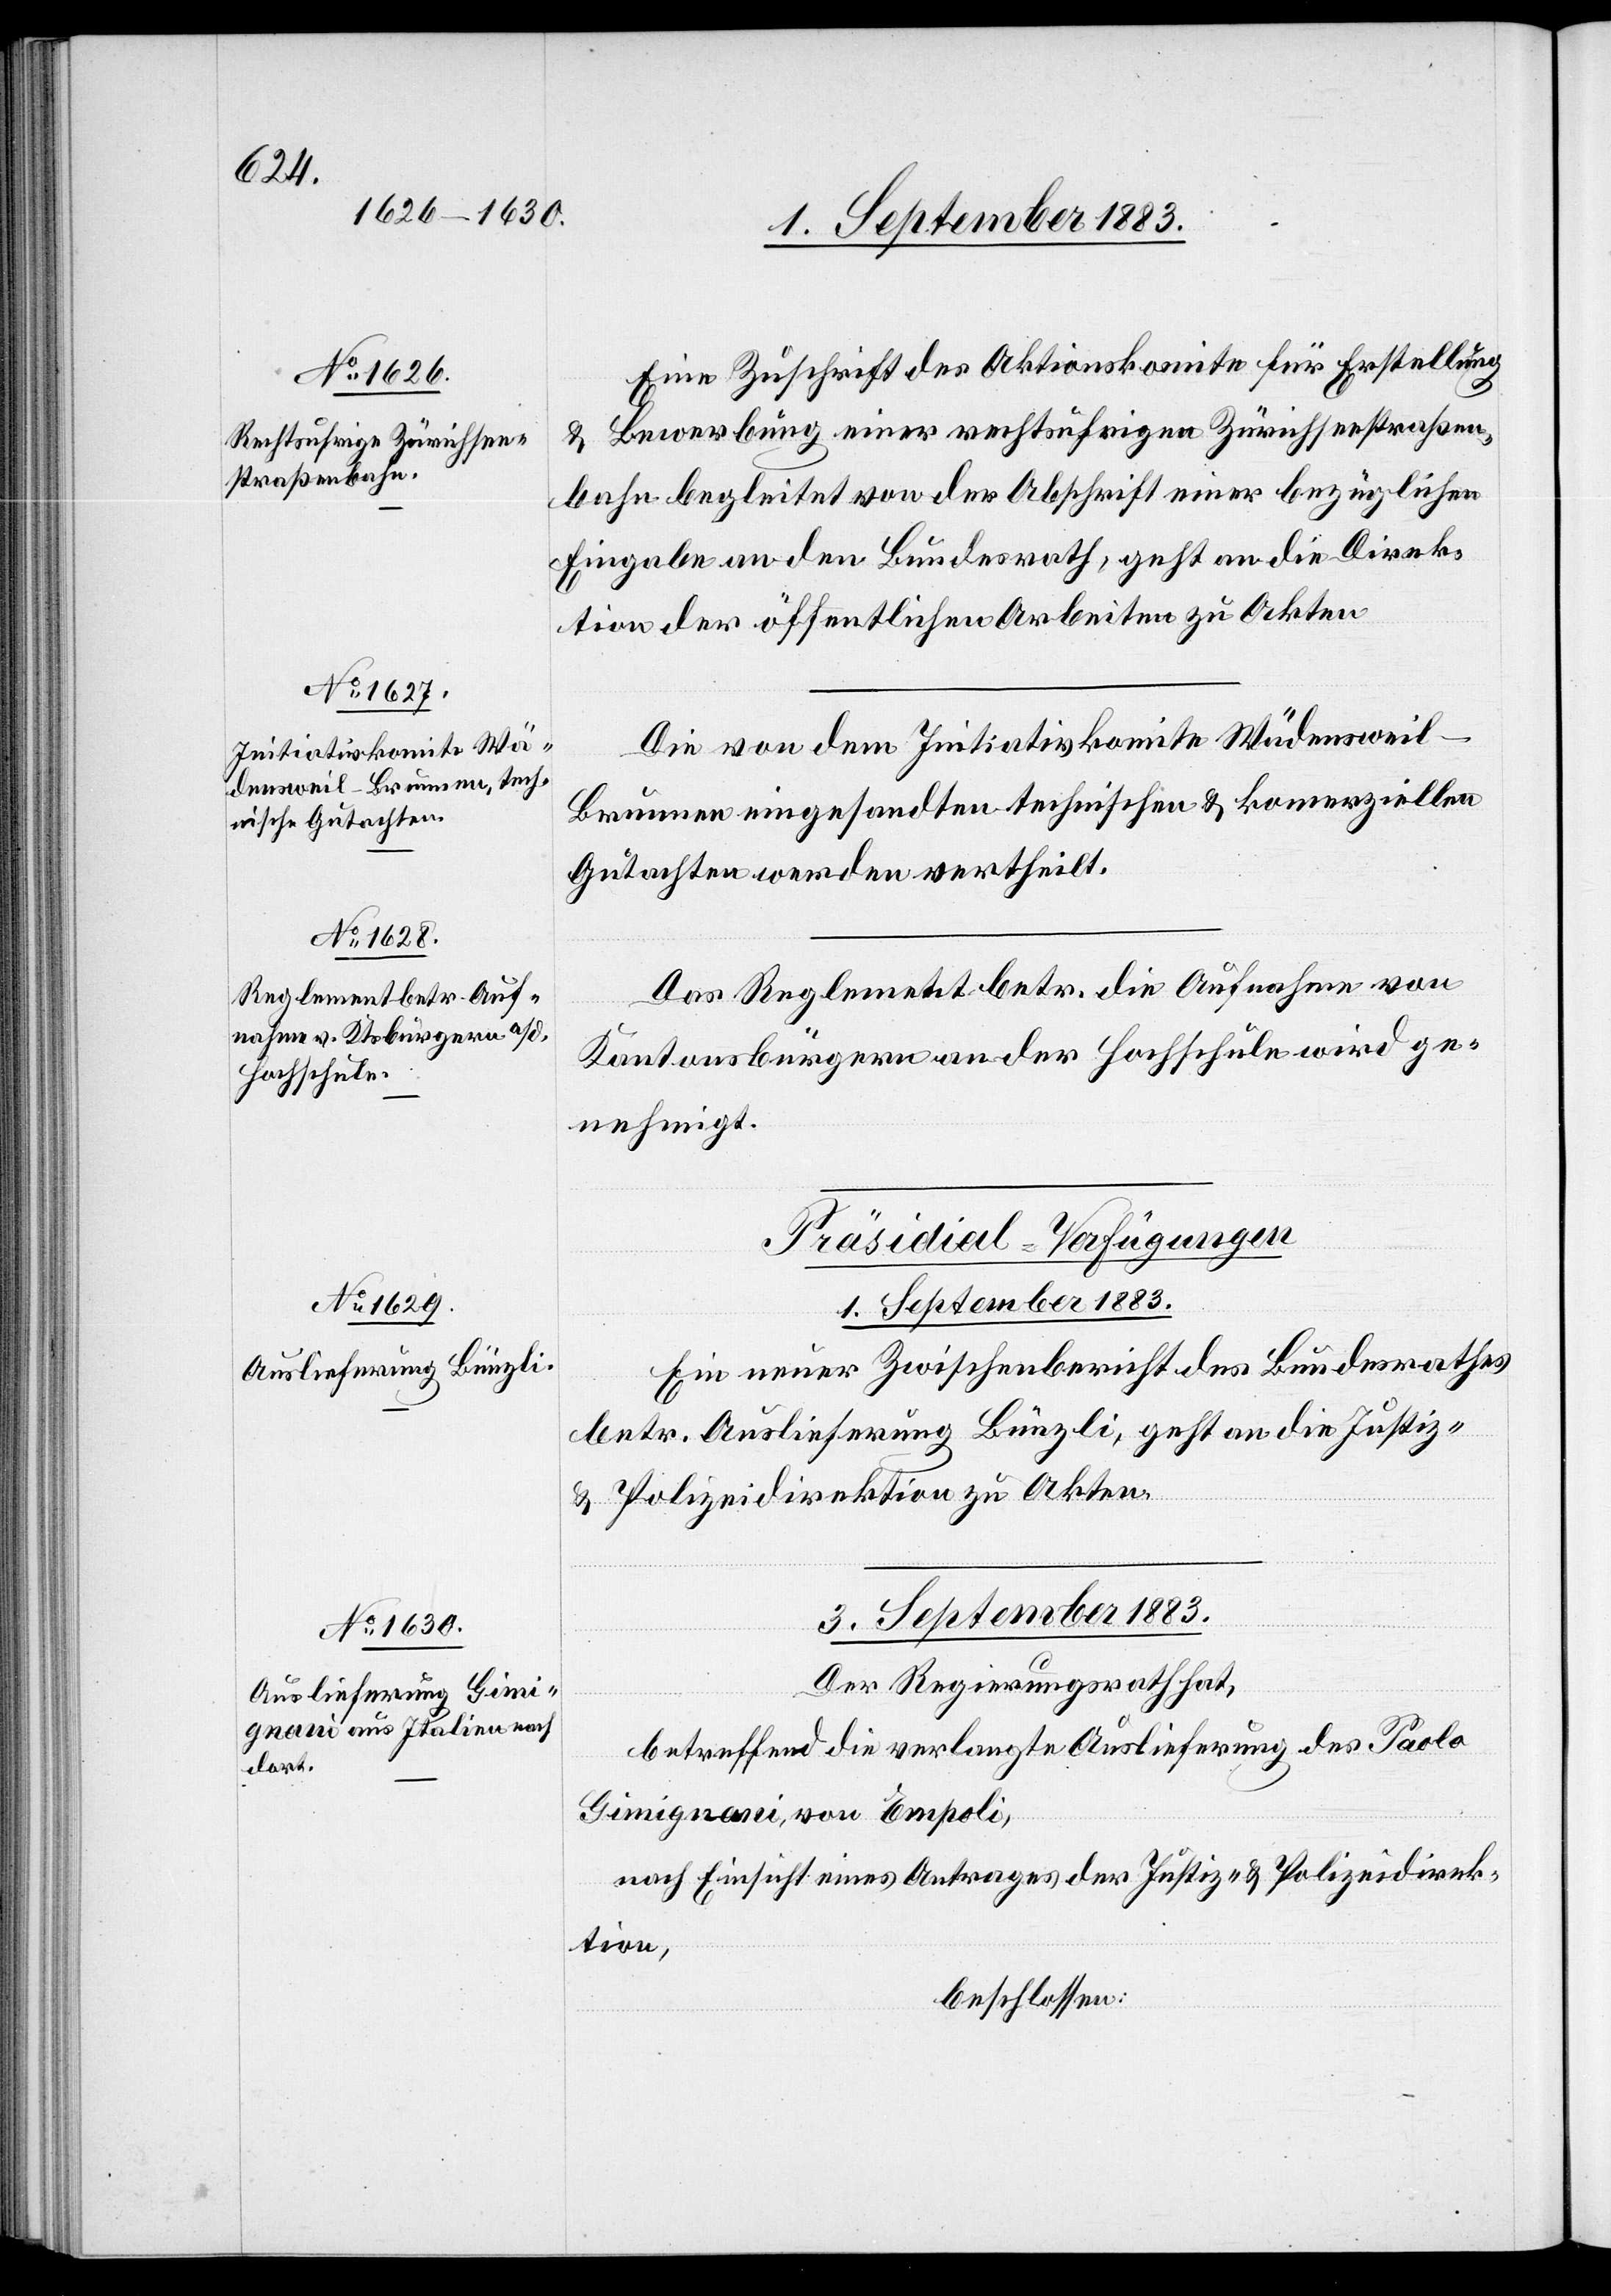
Eine Zuschrift des Aktionskomite für Erstellung
Bewerbung einer rechtsufrigen Zürichseestraßen¬
bahn begleitet von der Abschrift einer bezüglichen
Eingabe an den Bundesrath, geht an die Direk¬
tion der öffentlichen Arbeiten zu Akten.
Die von dem Initiativkomite Wädensweil–B¬
runnen eingesandten technischen & kommerziellen
Gutachten werden vertheilt.
Das Reglement betr. die Aufnahme von
Kantonsbürgern an der Hochschule wird ge¬
nehmigt.
[Präsidial-Verfügungen]
1. September 1883.
Ein neuer Zwischenbericht des Bundesrathes
betr. Auslieferung Bünzli, geht an die Justiz-
& Polizeidirektion zu Akten.
3. September 1883.
Der Regierungsrath hat,
betreffend die verlangte Auslieferung des Paolo
Gimignani, von Empoli,
nach Einsicht eines Antrages der Justiz- & Polizeidirek¬
tion,
beschlossen: